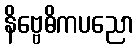
နိဗ္ဗေဓိကပညော